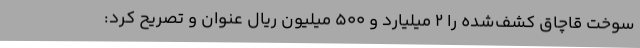
سوخت قاچاق کشف‌شده را 2 میلیارد و 500 میلیون ریال عنوان و تصریح کرد: